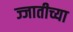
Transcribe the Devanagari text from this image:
ज्जातीच्या